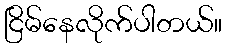
ငြိမ်နေလိုက်ပါတယ်။